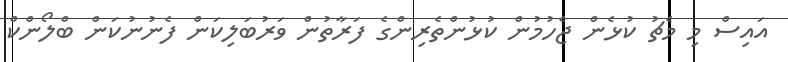
އައިސް މި މެޗު ކުޅެން ޖެހުމުން ކުޅުންތެރިންގެ ފަރާތުން ވަރުބަލިކަން ފެނުނުކަން ބްލޯންކް